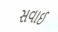
સવાઈ